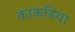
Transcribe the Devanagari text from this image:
काकडिया